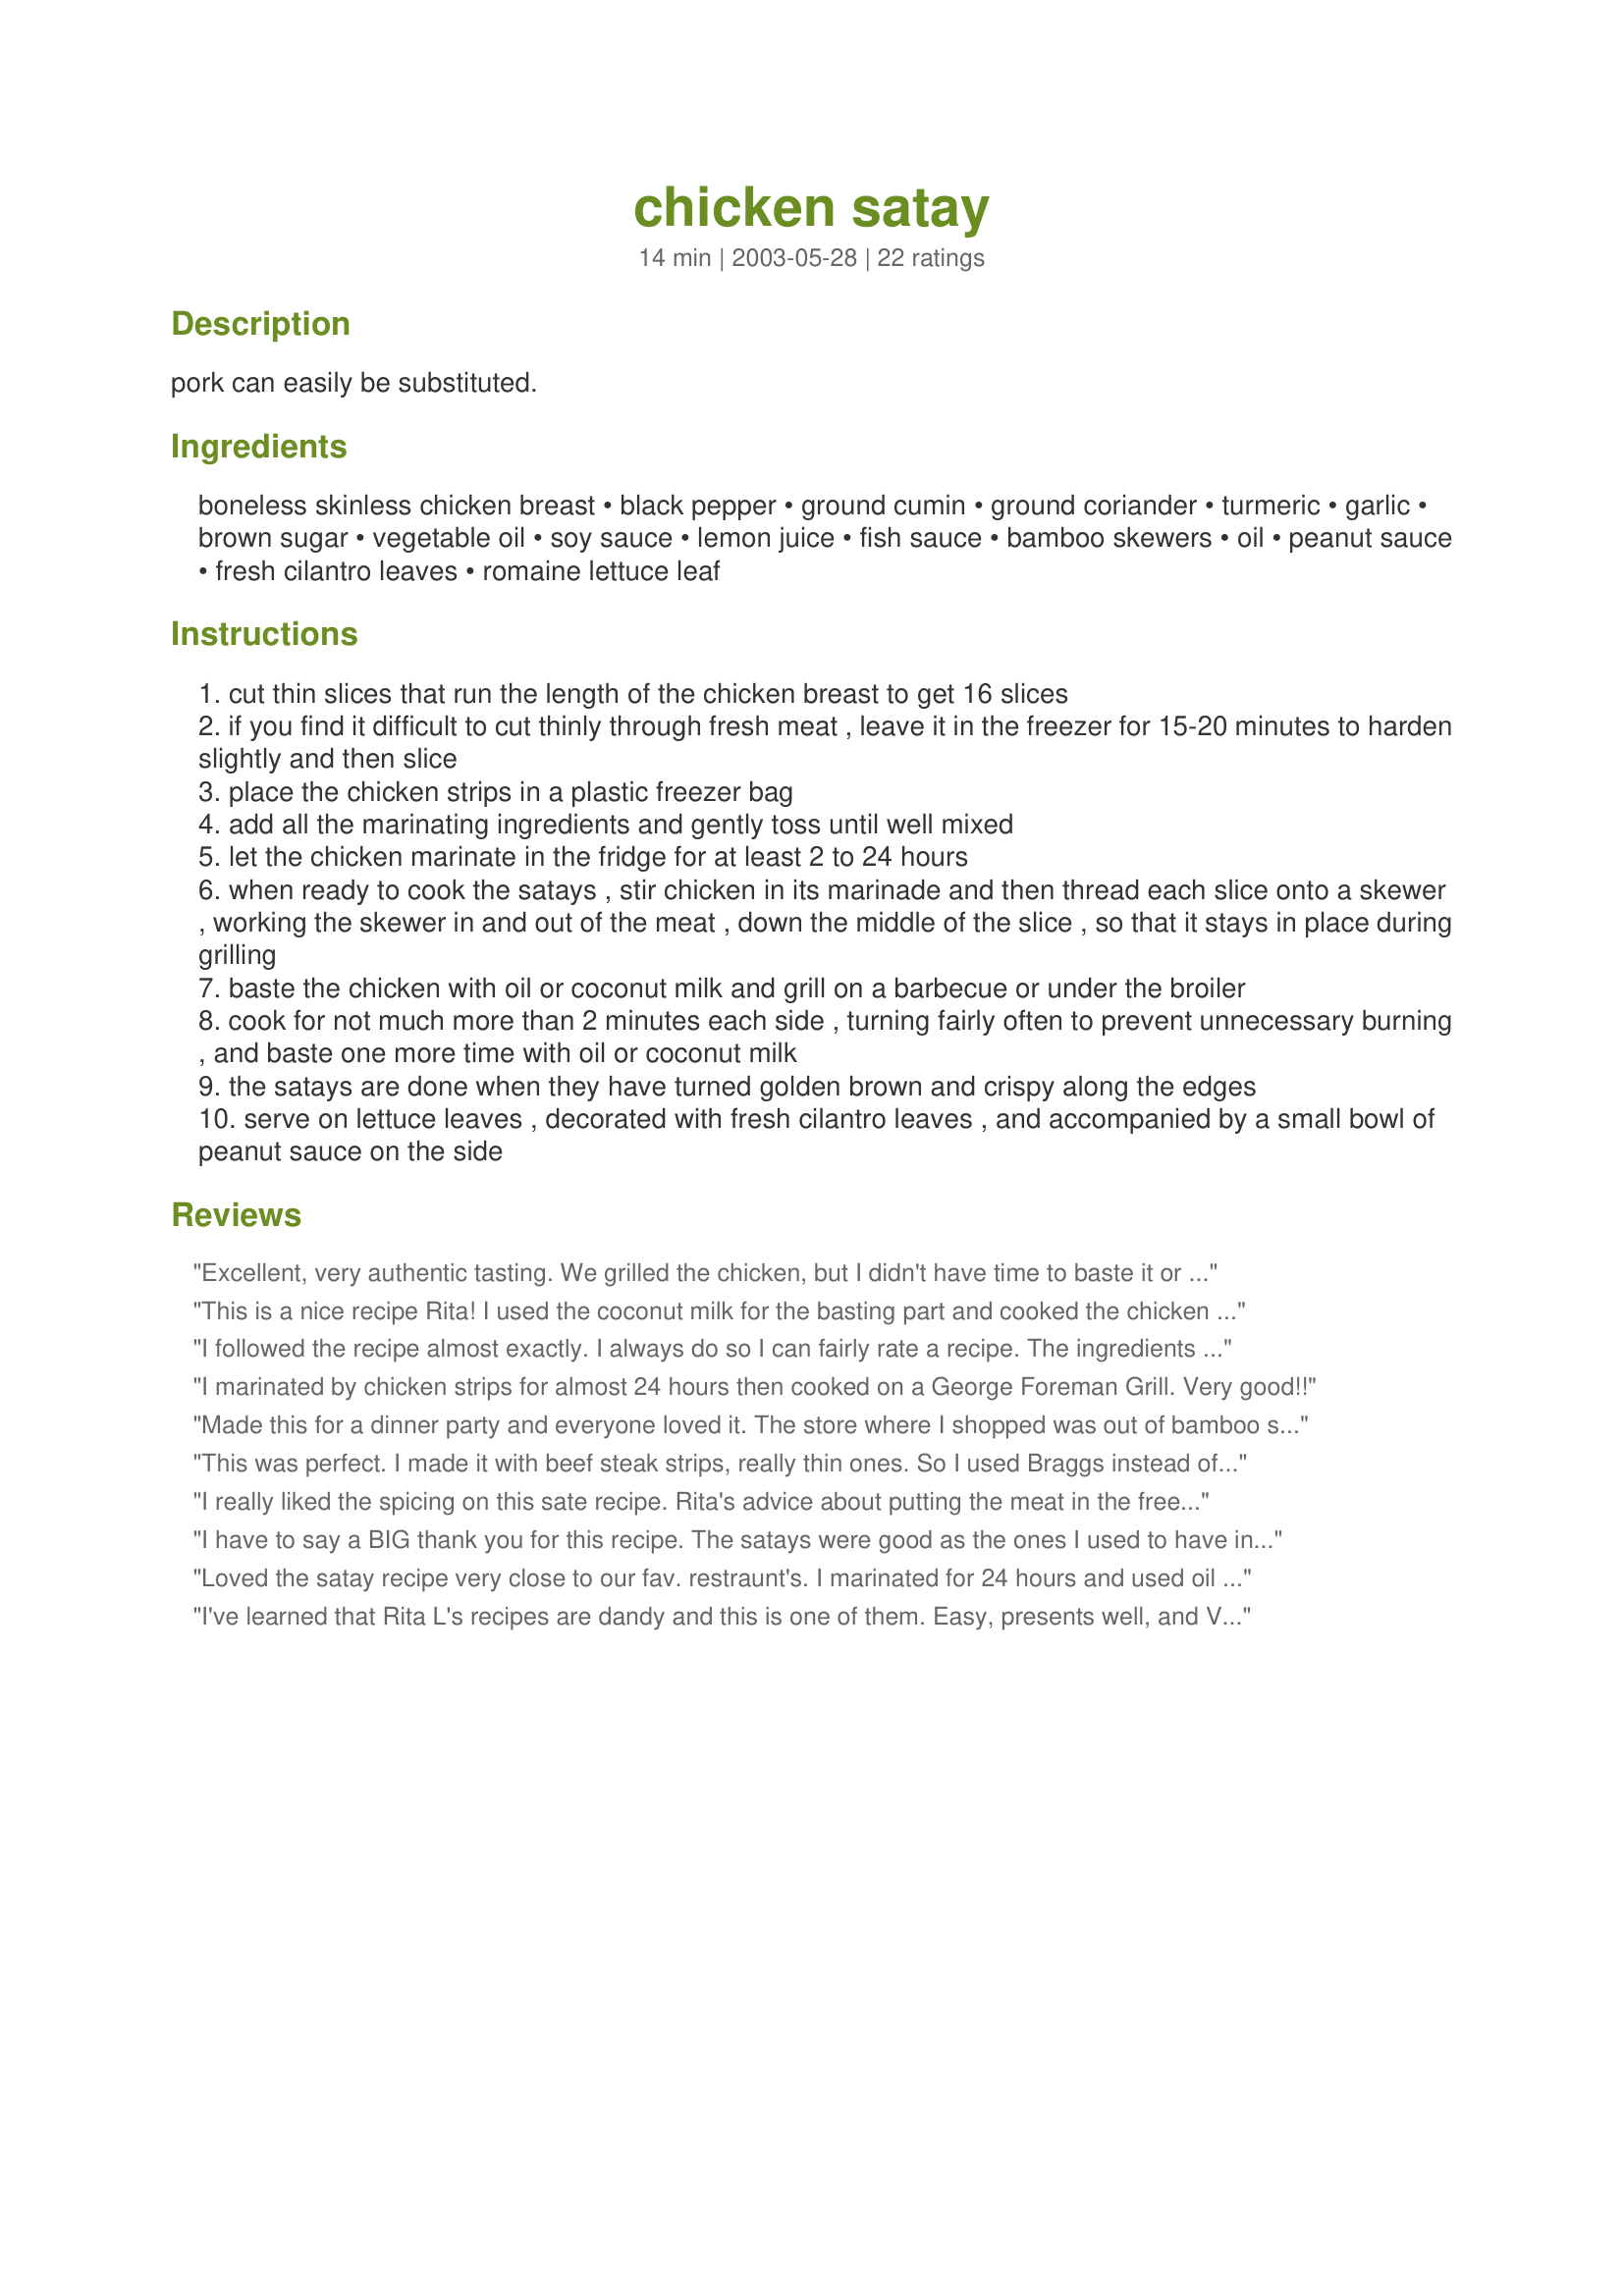
chicken satay
Preparation time: 14 minutes

pork can easily be substituted.

Ingredients:
boneless skinless chicken breast, black pepper, ground cumin, ground coriander, turmeric, garlic, brown sugar, vegetable oil, soy sauce, lemon juice, fish sauce, bamboo skewers, oil, peanut sauce, fresh cilantro leaves, romaine lettuce leaf

Steps:
cut thin slices that run the length of the chicken breast to get 16 slices
if you find it difficult to cut thinly through fresh meat , leave it in the freezer for 15-20 minutes to harden slightly and then slice
place the chicken strips in a plastic freezer bag
add all the marinating ingredients and gently toss until well mixed
let the chicken marinate in the fridge for at least 2 to 24 hours
when ready to cook the satays , stir chicken in its marinade and then thread each slice onto a skewer , working the skewer in and out of the meat , down the middle of the slice , so that it stays in place during grilling
baste the chicken with oil or coconut milk and grill on a barbecue or under the broiler
cook for not much more than 2 minutes each side , turning fairly often to prevent unnecessary burning , and baste one more time with oil or coconut milk
the satays are done when they have turned golden brown and crispy along the edges
serve on lettuce leaves , decorated with fresh cilantro leaves , and accompanied by a small bowl of peanut sauce on the side

Reviews:
Excellent, very authentic tasting. We grilled the chicken, but I didn't have time to baste it or marinade it very long. So instead, I mixed the coconut milk in with the marinade. It was still excellent, even with the changes in implementation. A new favorite.
This is a nice recipe Rita! I used the coconut milk for the basting part and cooked the chicken on an outdoor grill. I served these for lunch on chopped Romaine and sprinkled with the cilantro. For the peanut sauce, I used some leftover peanut sauce that I had from another meal. Very good, very easy and another convenient meal that you can put together and leave in the fridge until meal time. Thanks Rita!
I followed the recipe almost exactly. I always do so I can fairly rate a recipe. The ingredients I did NOT change, I marinaded for almost 12 hours. The only thing I did different was just dumped the chicken and marinade in a pan and fried it, then served it all over a bed of chinese noodles I found in the asian section of my grocery store. It was MARVELOUS ! This recipe is a keeper, thank you for posting.
I marinated by chicken strips for almost 24 hours then cooked on a George Foreman Grill. Very good!!
Made this for a dinner party and everyone loved it. The store where I shopped was out of bamboo skewers, so I made larger chunks of chicken and cooked them longer on the broiler pan. Still delicious.
This was perfect. I made it with beef steak strips, really thin ones. So I used Braggs instead of soya sauce, for its stronger taste, and I ran out of lemon juice so I used white vinegar. I marinaded for about 4 hours. Perfect taste, tender meat. Thanks for the easy recipe.
I really liked the spicing on this sate recipe. Rita's advice about putting the meat in the freezer was a good tip as it made slicing the meat thin so much easier.
I have to say a BIG thank you for this recipe. The satays were good as the ones I used to have in Singapore. Really good!
Loved the satay recipe very close to our fav. restraunt's. I marinated for 24 hours and used oil instead of coconut milk. My family raved about it. Definately will be on the menu again soon
I've learned that Rita L's recipes are dandy and this is one of them. Easy, presents well, and VERY good. Guests loved it and so did I. Thanks, Rita.
This was so quick, easy and good! I brushed the skewers of meat with coconut milk and served it with Recipe#281305. Great meal. Made for Photo Tag.
I've not had satay before so nothing to compare to, but these were excellent. Was easy to do and looked very impressive on a bed of rice and made for a nice dinner for 2.
This was very very good. I used a different sauce recipe for the peanut dip, but we just loved the marinade on the chicken.
Have been on a search for a good satay recipe. This one is excellent. Anytime I find a recipe that is like restaurant quality I am really happy.
Great flavor and color. Would have liked to have barbequed them but the Foreman grill worked just fine.
I used Tyler Florence's recipe for peanut sauce recipe (I like my sauce real peanutty and slightly sweet) from Food Network.
Thanks Rita for another great recipe for my keeper file.
This recipe is so tasty and it's easy to make. We used pork instead of chicken and was able to marinate meat for only about 2 hours (longer would better) but it was still very good. Substituted hot curry powder for coriander and also left out fish sauce.Served with grilled eggpalnt. My husband actually touched my cheek and said, "What an excellent dinner."
This was so easy and delicious! Becareful when grilling as it is so thin and cooks easily! We made it with peanut sauce from the same cook and it was good too!
I made this for my very fussy family and they all loved it! It was so easy to make and is a new weekly favourite. It is a delicious recipe. Thanks Rita!
Quite messy to prepare but well worth it - the chicken was delicious! I scaled the recipe for 2 people, marinated for the full 24 hours & sprayed the BBQ with cooking oil. I served the skewers on a bed of rice with steamed broccoli. Thanx Rita!
 i love chicken on a stick and this is good one .dee
Very Good!
This is really good. I made this for ZWT2. I think next time I'll use a little less black pepper as this was a little too hot for my taste. Served it with Israeli cous cous that I cooked in ginger and chicken broth. Yummy dinner.
I make this about once a week and my whole family loves it! The flavor is perfect and it is so easy to make!
